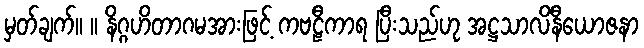
မှတ်ချက်။ ။ နိဂ္ဂဟိတာဂမအားဖြင့် ကဗဠီကာရ ပြီးသည်ဟု အဋ္ဌသာလိနီယောဇနာ